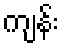
ကျန်း